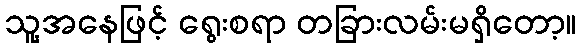
သူ့အနေဖြင့် ရွေးစရာ တခြားလမ်းမရှိတော့။